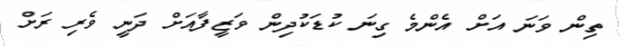
ތިން ވަނަ އަށް އެންމެ ގިނަ ކުޑަކުދިން ވަޒީފާއަށް ދަނީ ވެރި ރަށް